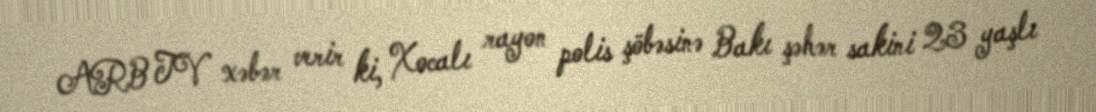
ARB TV xəbər verir ki, Xocalı rayon polis şöbəsinə Bakı şəhər sakini 23 yaşlı